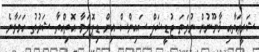
ޝަރީޢަތާއި ޤާނޫނުން ނުވަތަ ޖުޑީޝަލް ސައިންސް އިން ޑިޕޮލަމާ އޮތިއްތާ ޝަރުތު ހަމަވާނެ.